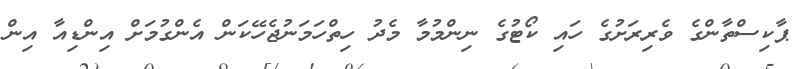
ޕާކިސްތާންގެ ވެރިރަށުގެ ހައި ކޯޓުގެ ނިންމުމާ މެދު ހިތްހަމަނުޖެހޭކަން އެންގުމަށް އިންޑިއާ އިން